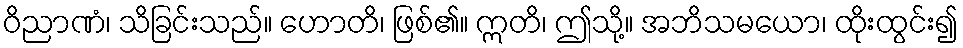
ဝိညာဏံ၊ သိခြင်းသည်။ ဟောတိ၊ ဖြစ်၏။ ဣတိ၊ ဤသို့။ အဘိသမယော၊ ထိုးထွင်း၍